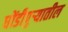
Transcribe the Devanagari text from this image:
धोंडीपुर्‍यातील